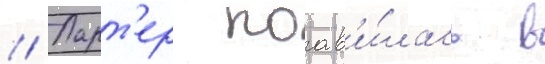
// Ларт'ер поав'и́лась в